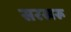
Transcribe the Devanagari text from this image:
सरखरू